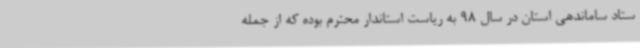
ستاد ساماندهی استان در سال 98 به ریاست استاندار محترم بوده که از جمله